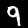
Label: 9